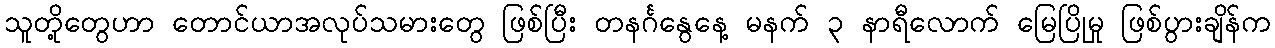
သူတို့တွေဟာ တောင်ယာအလုပ်သမားတွေ ဖြစ်ပြီး တနင်္ဂနွေနေ့ မနက် ၃ နာရီလောက် မြေပြိုမှု ဖြစ်ပွားချိန်က